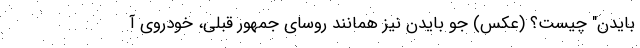
بایدن" چیست؟ (عکس) جو بایدن نیز همانند روسای جمهور قبلی، خودروی آ